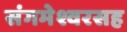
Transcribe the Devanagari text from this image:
संगमेश्वरसह